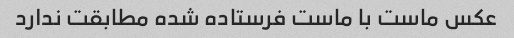
عکس ماست با ماست فرستاده شده مطابقت ندارد